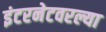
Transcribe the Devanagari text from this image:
इंटरनेटवरल्या